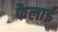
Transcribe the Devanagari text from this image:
फैलाईं